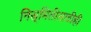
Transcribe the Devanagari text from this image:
निस्र्मितीसाठीही